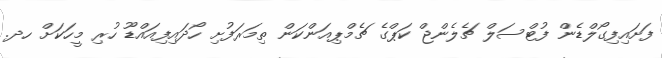
ފަށައިފިގޯލްޑެން ފުޓްސަލް ޗެލެންޖް ކަޕްގެ ޗެމްޕިއަންކަން ތިމަރަފުށި ހޯދައިފިއައްޑޫ ހުރި މީހަކަށް ހދ.